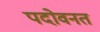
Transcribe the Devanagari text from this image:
पदोवनत